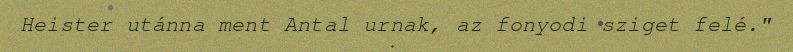
Heister utánna ment Antal urnak, az fonyodi sziget felé."